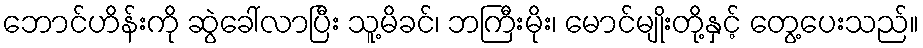
ဘောင်ဟိန်းကို ဆွဲခေါ်လာပြီး သူ့မိခင်၊ ဘကြီးမိုး၊ မောင်မျိုးတို့နှင့် တွေ့ပေးသည်။